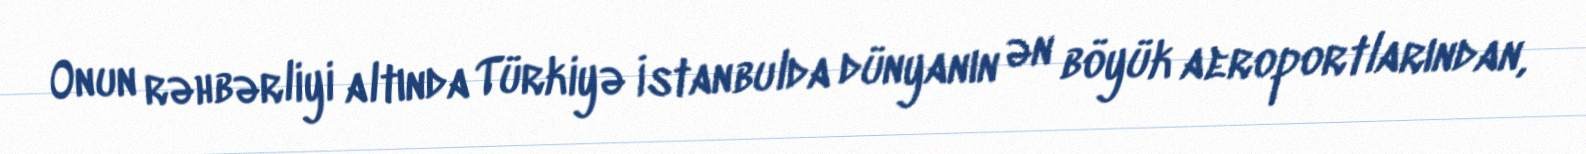
Onun rəhbərliyi altında Türkiyə İstanbulda dünyanın ən böyük aeroportlarından,